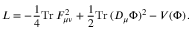
{ \cal L } = - { \frac { 1 } { 4 } } \mathrm { T r } \, F _ { \mu \nu } ^ { 2 } + { \frac { 1 } { 2 } } \mathrm { T r } \, ( D _ { \mu } \Phi ) ^ { 2 } - V ( \Phi ) \, .